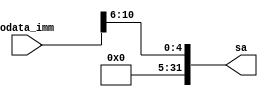
`timescale 1ns / 1ps
//////////////////////////////////////////////////////////////////////////////////
// Company: 
// Engineer: 
// 
// Design Name: 
// Module Name:    imm2sa 
// Project Name: 
// Target Devices: 
// Tool versions: 
// Description: 
//
// Dependencies: 
//
// Revision: 
// Revision 0.01 - File Created
// Additional Comments: 
//
//////////////////////////////////////////////////////////////////////////////////

module imm2sa(odata_imm,sa);
	input[31:0] odata_imm;
	output[31:0] sa;
	
	assign sa = {27'b0,odata_imm[10:6]};
	
endmodule